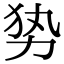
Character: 𭄣